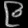
Digit: ၉